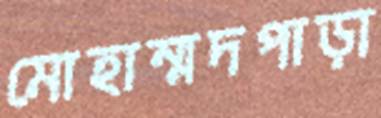
মোহাম্মদপাড়া